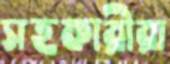
সহকারীরা